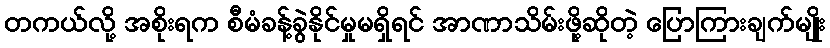
တကယ်လို့ အစိုးရက စီမံခန့်ခွဲနိုင်မှုမရှိရင် အာဏာသိမ်းဖို့ဆိုတဲ့ ပြောကြားချက်မျိုး